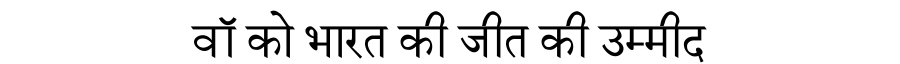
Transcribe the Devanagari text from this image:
वॉ को भारत की जीत की उम्मीद